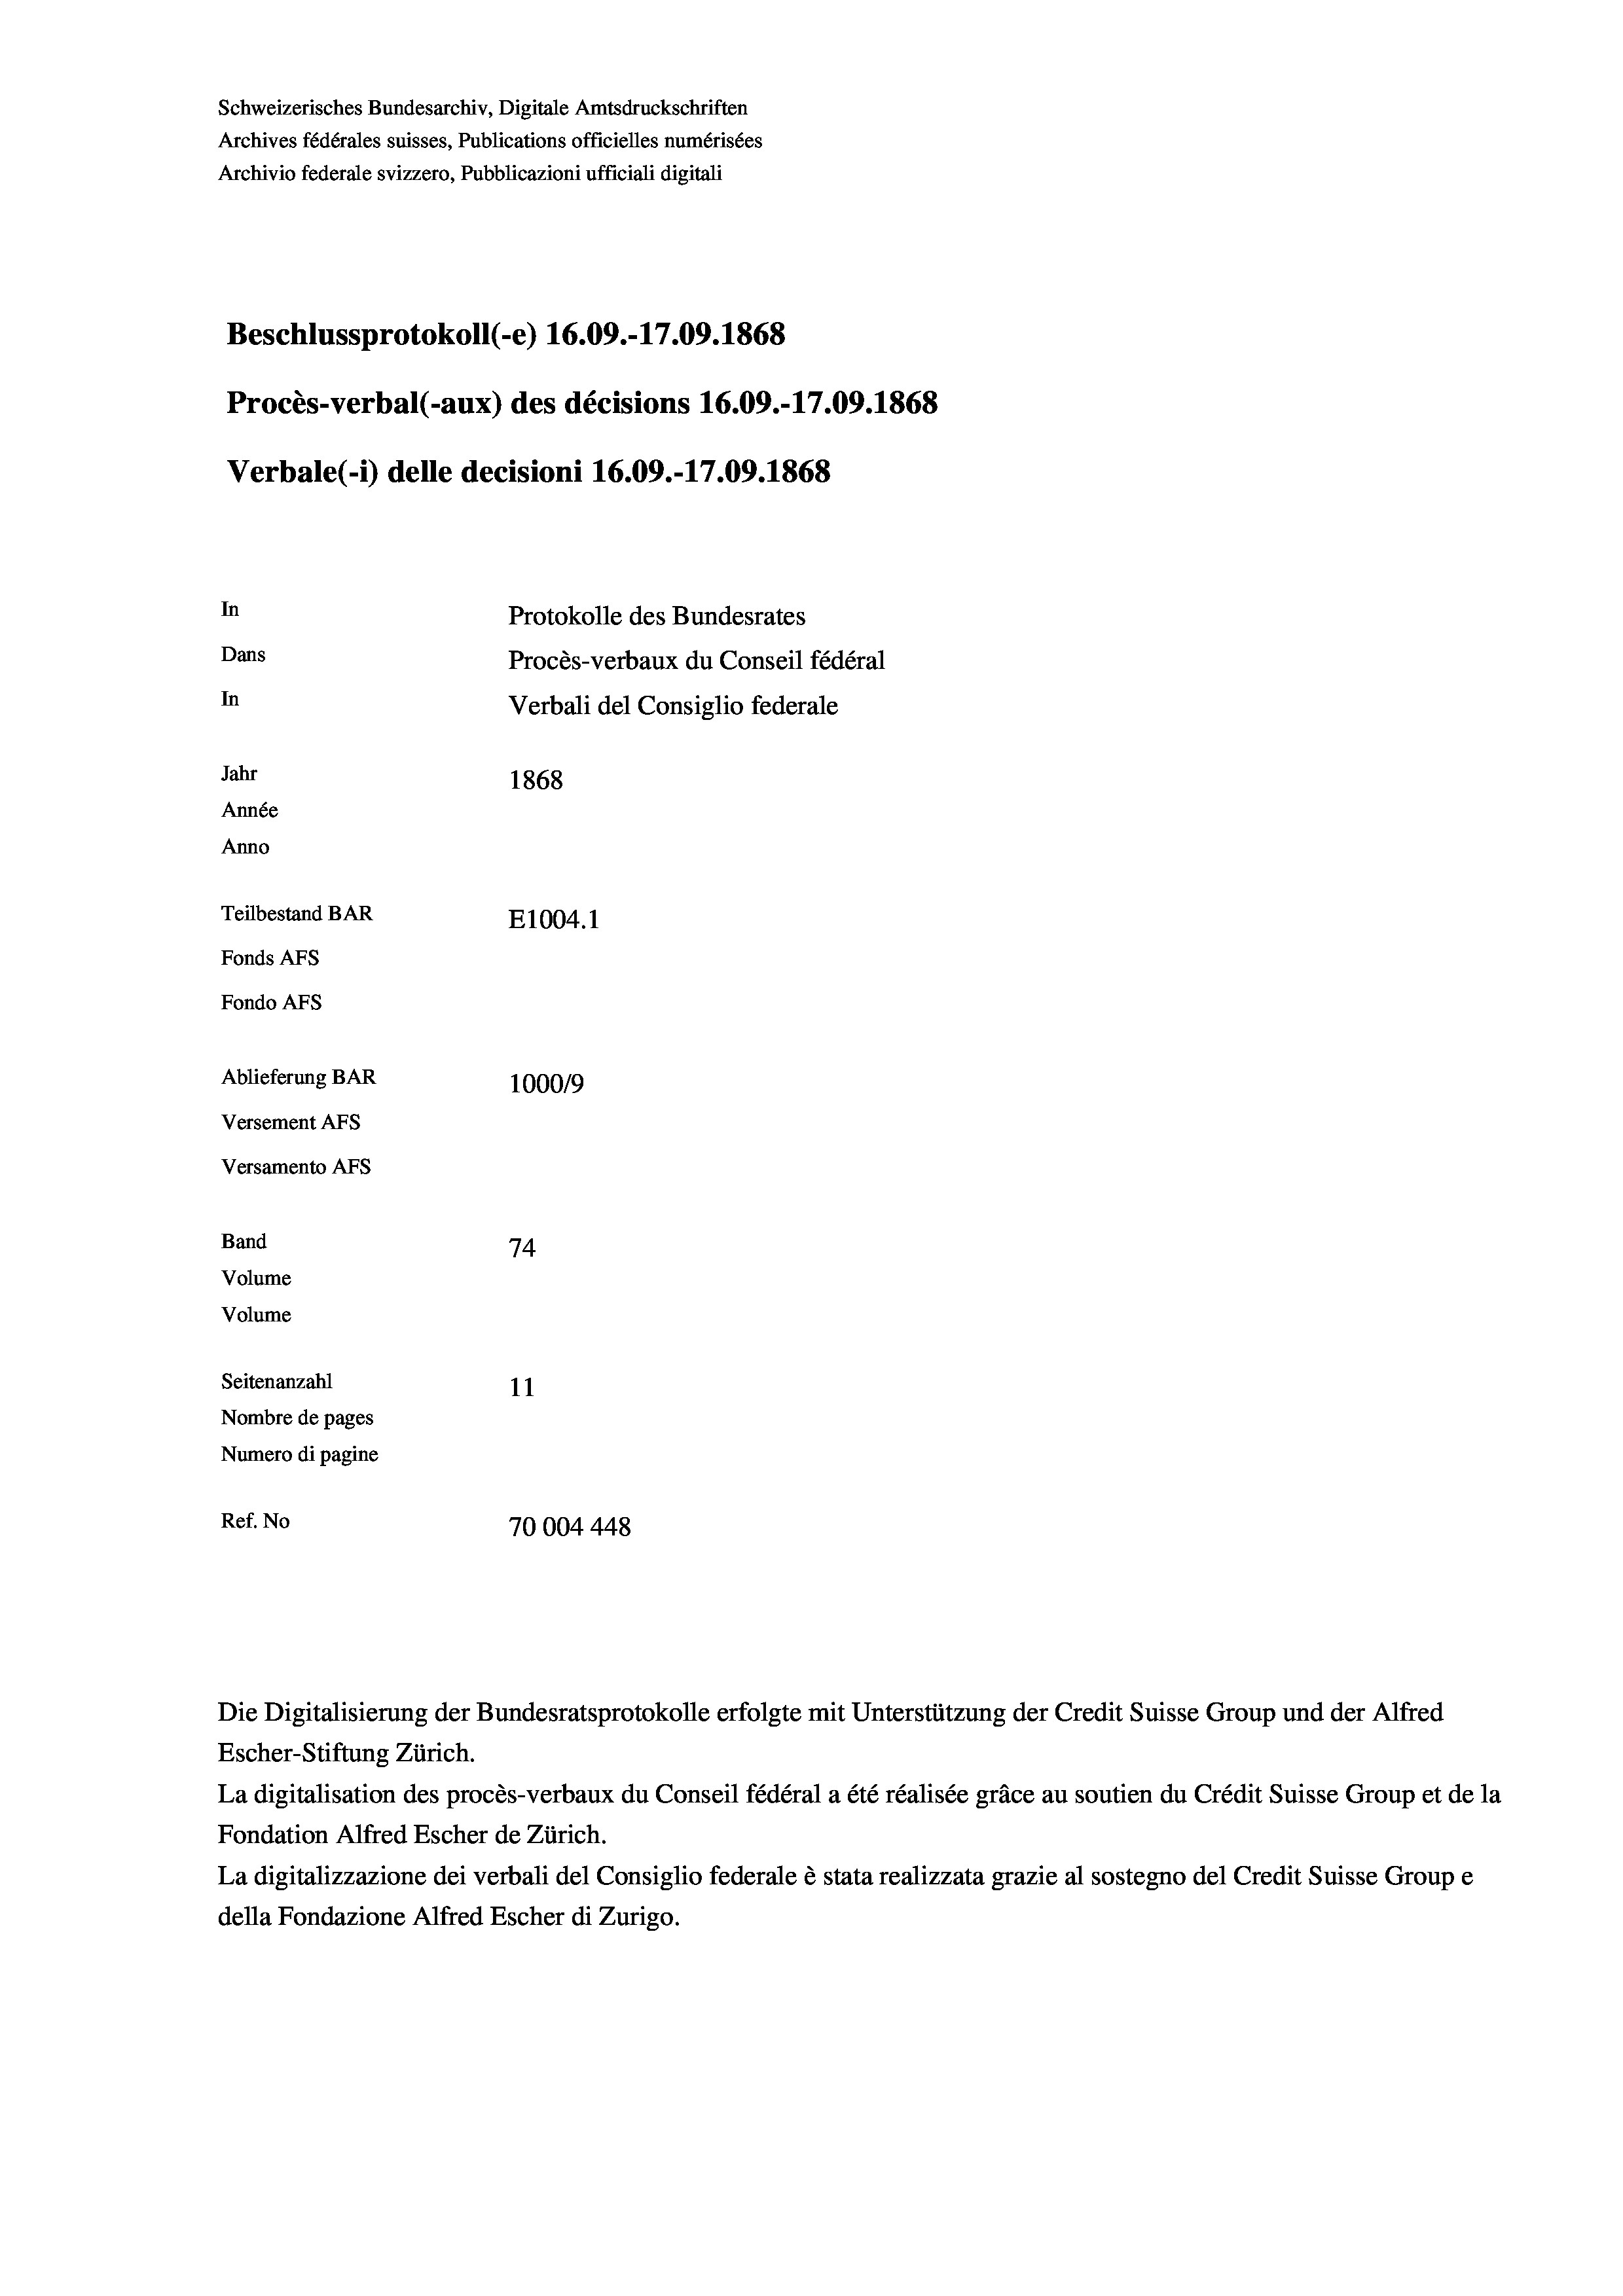
Schweizerisches Bundesarchiv, Digitale Amtsdruckschriften
Archives fédérales suisses, Publications officielles numérisées
Archivio federale svizzero, Pubblicazioni ufficiali digitali
Beschlussprotokoll (-e) 16.09.-17.09. 1868
Procès-verbal (-aux) des décisions 16.09.-17.09. 1868
Verbale (i) delle decisioni 16.09.-17.09. 1868
In
Protokolle des Bundesrates
Dans
Procès-verbaux du Conseil fédéral
In
Verbali del Consiglio federale
Jahr
1868
Année
Anno
Teilbestand BAR
E1004. 1
Fonds AFs
Fondo Afs
Ablieferung BAR
100019
Versement AFs
Versamento AFs
Band
74
Volume
Volume

Seitenanzahl
11
Nombre de pages
Numero di pagine
Ref. No
70004448

Die Digitalisierung der Bundesratsprotokolle erfolgte mit Unterstützung der Credit Suisse Group und der Alfred
Escher-Stiftung Zürich.
La digitalisation des procès-verbaux du Conseil fédéral a été réalisée gräce au soutien du Crédit Suisse Group et de la
Fondation Alfred Escher de Zürich.
La digitalizzazione dei verbali del Consiglio federale è stata realizzata grazie al sostegno del Credit Suisse Groupe
della Fondazione Alfred Escher di Zurigo.